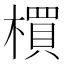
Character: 𣛠